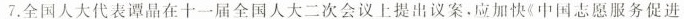
7.全国人大代表谭晶在十一届全国人大二次会议上提出议案·应加快《中国志愿服务促进